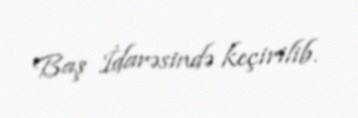
Baş İdarəsində keçirilib.